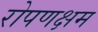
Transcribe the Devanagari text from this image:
रोपणक्षम